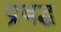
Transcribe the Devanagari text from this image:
प्रबद्ध